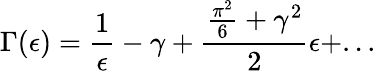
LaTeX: \Gamma(\epsilon)=\frac{1}{\epsilon}-\gamma+\frac{\frac{\pi^{2}}{6}+{\gamma}^{2}}{2}\epsilon+...